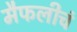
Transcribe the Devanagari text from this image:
मैफलीचं